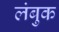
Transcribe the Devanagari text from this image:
लंबुक